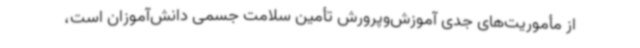
از مأموریت‌های جدی آموزش‌وپرورش تأمین سلامت جسمی دانش‌آموزان است،